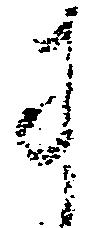
に